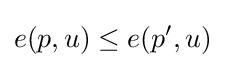
e(p,u)\leq e(p^{\prime },u)